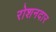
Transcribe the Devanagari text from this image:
रोशनदार